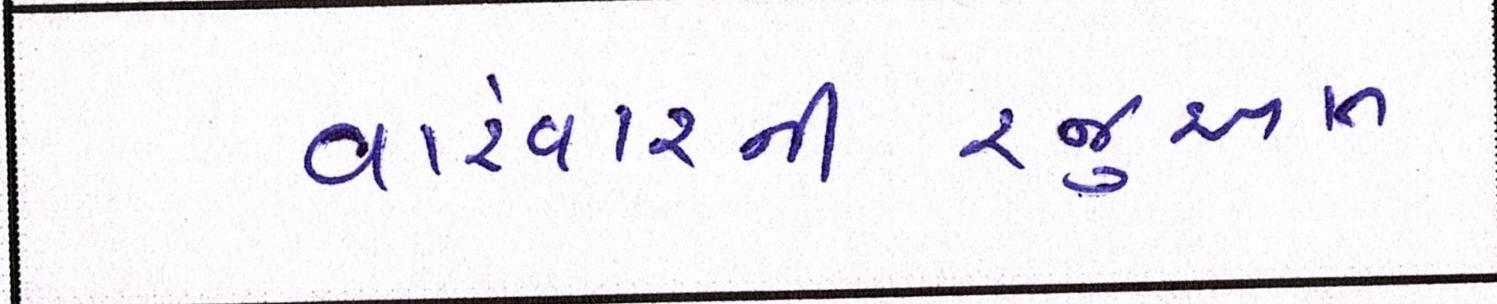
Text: વારંવારનીરજુઆત